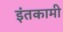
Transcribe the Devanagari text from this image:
इंतकामी